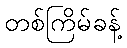
တစ်ကြိမ်ခန့်